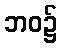
ဘဝ၌